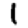
Digit: 1